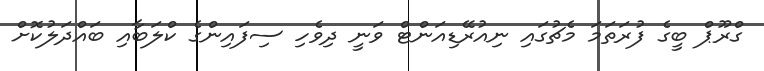
ގްރޫޕް ބީގެ ފުރަތަމަ މެޗުގައި ނިއުރޭޑިއަންޓް ވަނީ ދިވެހި ސިފައިންގެ ކްލަބާއި ބައްދަލުކޮށް